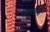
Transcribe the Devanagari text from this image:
झेपावली